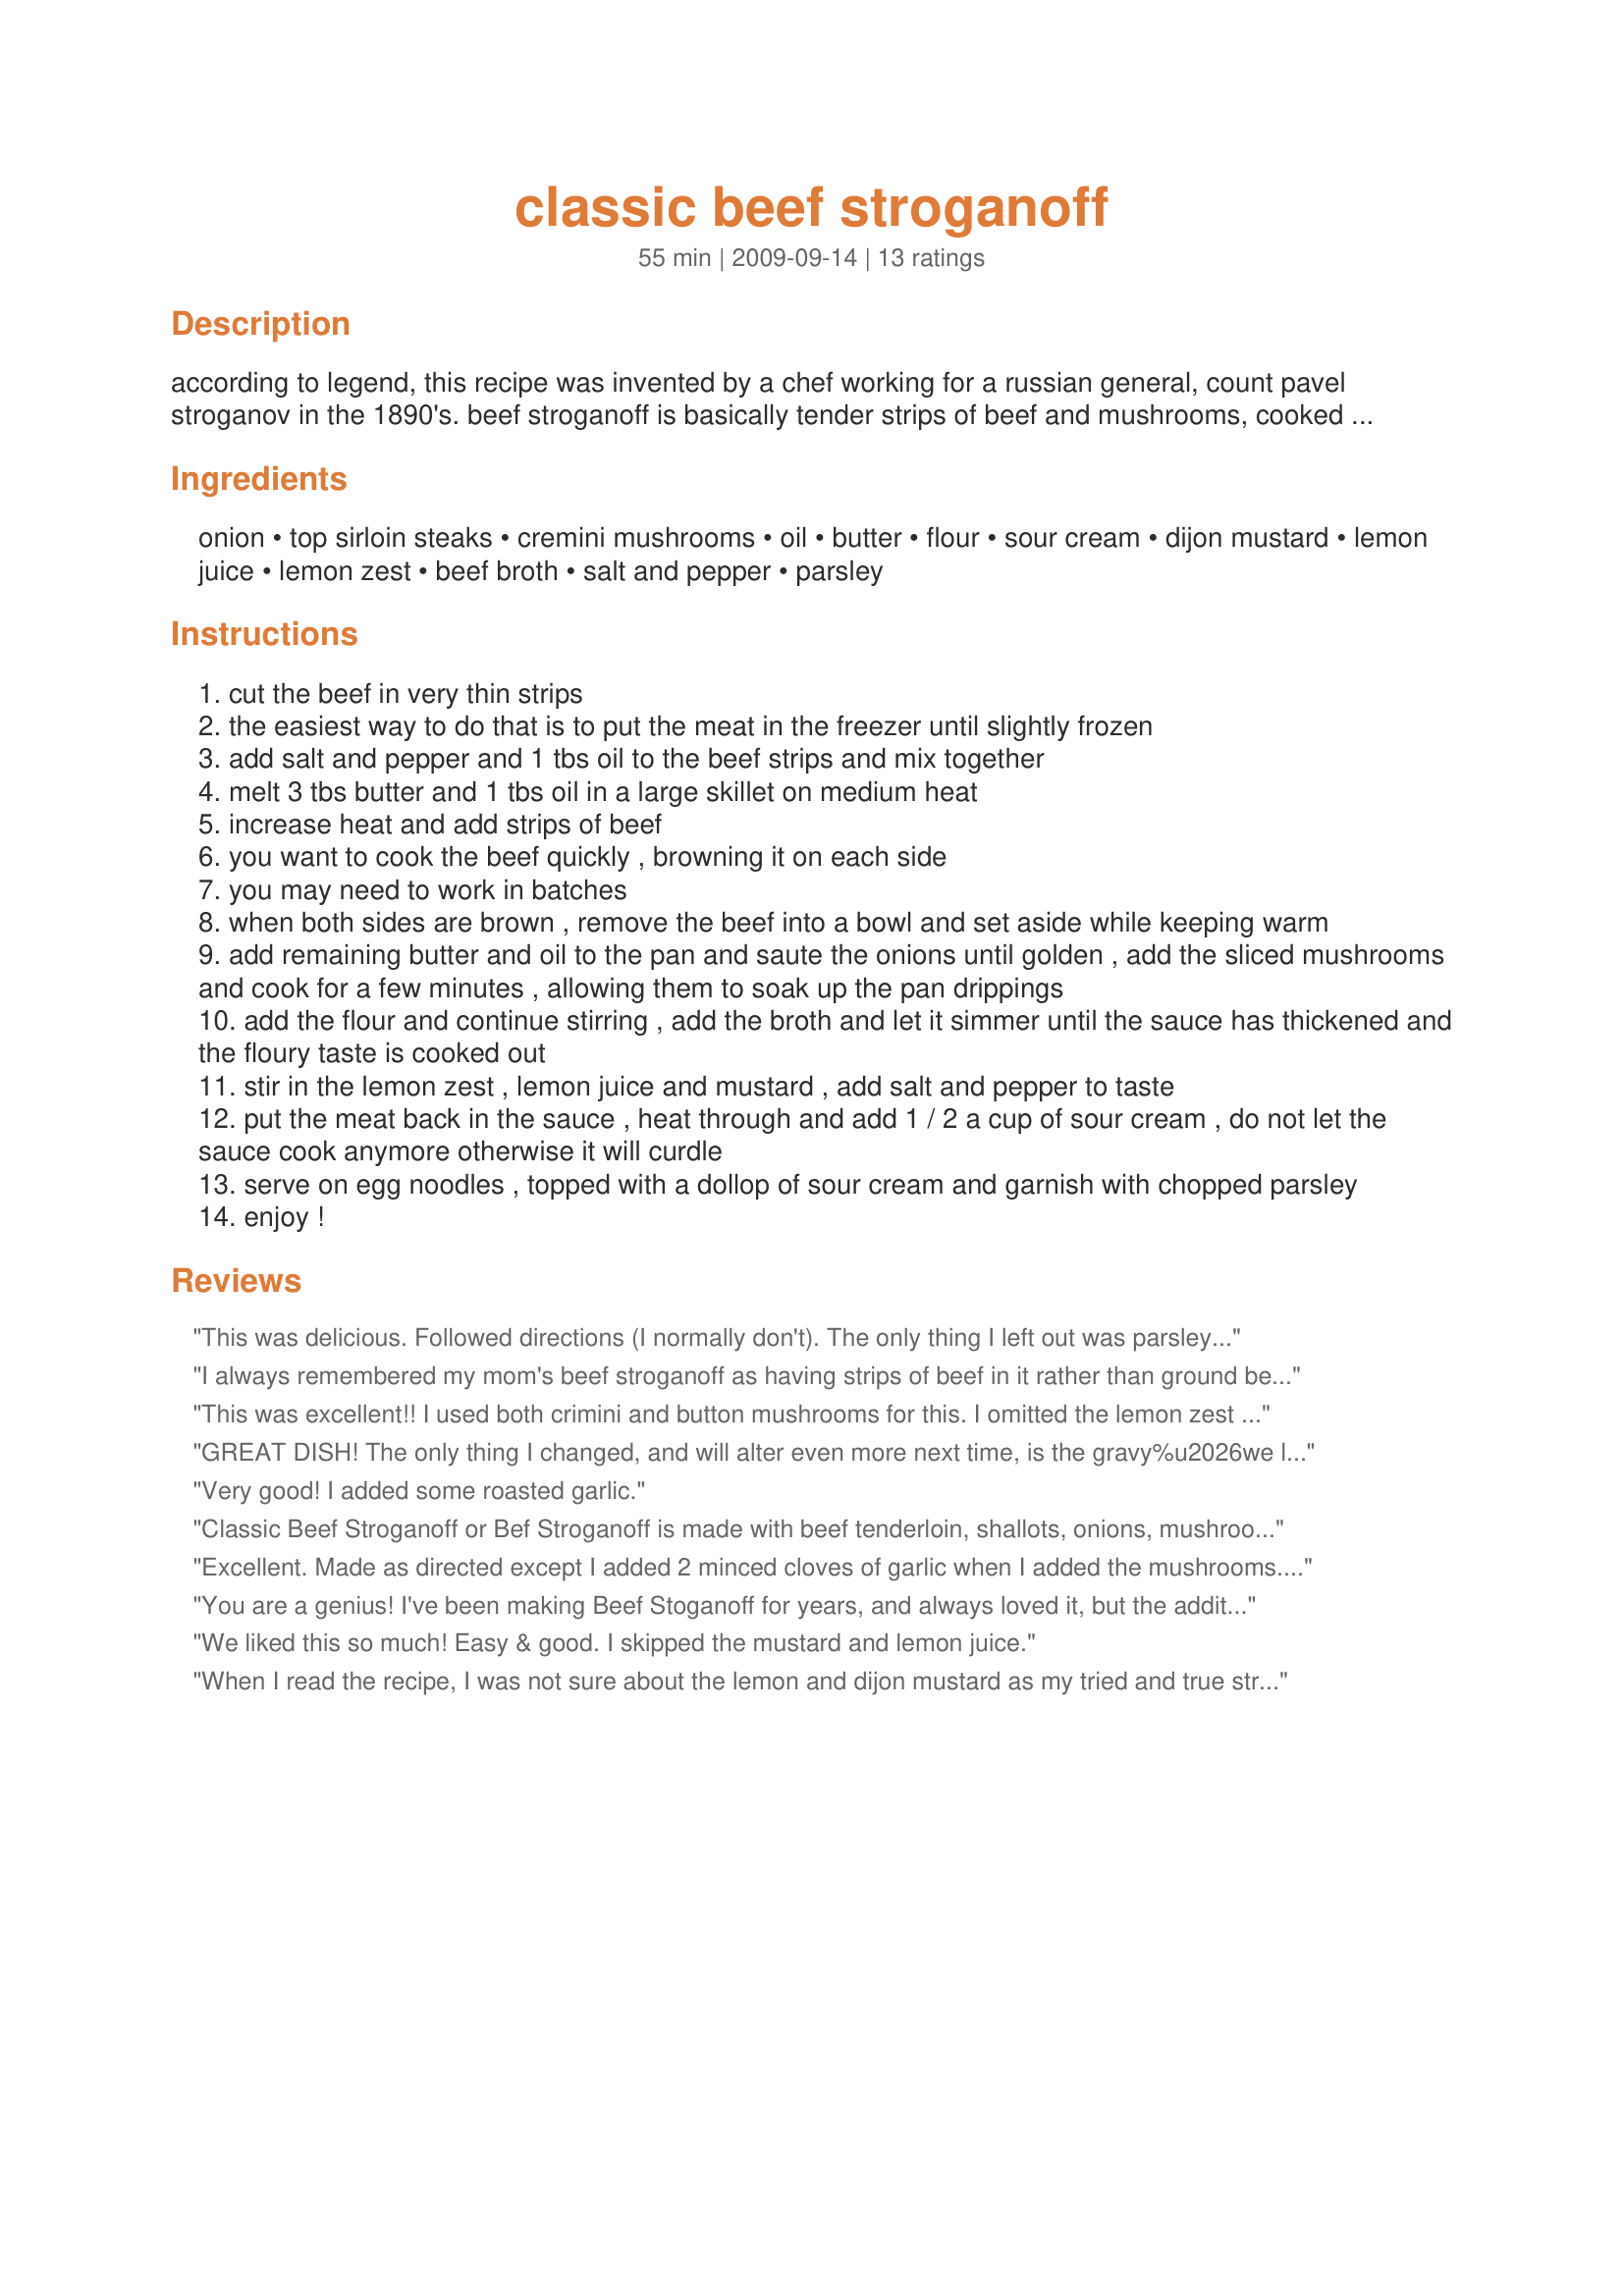
classic beef stroganoff
Preparation time: 55 minutes

according to legend, this recipe was invented by a chef working for a russian general, count pavel stroganov in the 1890's. beef stroganoff is basically tender strips of beef and mushrooms, cooked in a creamy sauce and rounded off with sour cream. you may want to make this with a tender cut of beef, such as tenderloin or top sirloin. traditionally served over egg noodles, it also tastes delicious on rice or spaetzle.

Ingredients:
onion, top sirloin steaks, cremini mushrooms, oil, butter, flour, sour cream, dijon mustard, lemon juice, lemon zest, beef broth, salt and pepper, parsley

Steps:
cut the beef in very thin strips
the easiest way to do that is to put the meat in the freezer until slightly frozen
add salt and pepper and 1 tbs oil to the beef strips and mix together
melt 3 tbs butter and 1 tbs oil in a large skillet on medium heat
increase heat and add strips of beef
you want to cook the beef quickly , browning it on each side
you may need to work in batches
when both sides are brown , remove the beef into a bowl and set aside while keeping warm
add remaining butter and oil to the pan and saute the onions until golden , add the sliced mushrooms and cook for a few minutes , allowing them to soak up the pan drippings
add the flour and continue stirring , add the broth and let it simmer until the sauce has thickened and the floury taste is cooked out
stir in the lemon zest , lemon juice and mustard , add salt and pepper to taste
put the meat back in the sauce , heat through and add 1 / 2 a cup of sour cream , do not let the sauce cook anymore otherwise it will curdle
serve on egg noodles , topped with a dollop of sour cream and garnish with chopped parsley
enjoy !

Reviews:
This was delicious. Followed directions (I normally don't). The only thing I left out was parsley. This recipe is a keeper.
I always remembered my mom's beef stroganoff as having strips of beef in it rather than ground beef, and searched and searched for a recipe like that. This is the one I found, and it turned out great. I used top round instead of tenderloin and regular button mushrooms but otherwise followed the recipe exactly. Even without the more expensive ingredients it was delicious. I like the brightness the lemon juice brings to the otherwise heavy and creamy sauce. Oh, and even the leftovers the next day were good. I was afraid the sour cream would curdle, but I didn't seem to have a problem with that (maybe because I used full fat sour cream).
This was excellent!! I used both crimini and button mushrooms for this. I omitted the lemon zest but followed the directions and served it over egg noodles. It made a great dinner and we truly enjoyed it. Thanks for sharing. Made for PAC Spring 2010.
GREAT DISH! The only thing I changed, and will alter even more next time, is the gravy%u2026we like a lot of gravy over our noodles. Next time I plan to add 2 T (heaping) flour, 1 c broth (or more) and 1/2 c merlot (or other dry red wine). I loved the lemon and Dijon%u2026totally reminded me of swedish meatballs??!!
Very good! I added some roasted garlic.
Classic Beef Stroganoff or Bef Stroganoff is made with beef tenderloin, shallots, onions, mushrooms, beef stock, flour, salt and pepper Dijon mustard, and sour cream. It was traditionally served with shoe string french fried potatoes and green peas. The addition of noodles or rice is later adaptations.
Excellent. Made as directed except I added 2 minced cloves of garlic when I added the mushrooms. Next time I will slightly lighten up on the lemon juice and/or lemon zest. Thanks for posting what must be a very authentic recipe.
You are a genius! I've been making Beef Stoganoff for years, and always loved it, but the addition of mustard and lemon juice is outstanding. Now why didn't I think of that!?!
We liked this so much! Easy & good. I skipped the mustard and lemon juice.
When I read the recipe, I was not sure about the lemon and dijon mustard as my tried and true stroganoff recipe doesn't have either of these. But I thought, might be a new gourmet twist. I made a point of tasting the recipe as I went along. The lemon was actually nice; I did go on the light side. As soon as I added the dijon I regretted it. The flavor was a bit off for my taste. My DH liked it.
This is a great, easy recipe. I did use a cheaper cut of meat (London broil) and sliced it very thin while it was half frozen. However it just wasn&#039;t a good enough cut to serve just-cooked with a bit of pink, as you would sirloin or tenderloin etc. So I followed the recipe up to the point of thickening the sauce and added a whole cup of beef broth-- let it slightly thicken, and then I stirred the beef strips back in and let it &#039;stew&#039; in the sauce for 20 minutes while the egg noodles cooked. When it came time to serve, I cut the heat to the beef and added the whole cup of sour cream-- perfect, and the beef was tender. I only put 1/2 tsp lemon juice as others recommended. Skipped the zest. Was really tasty!
This is very good. Great ingredients. Needs less lemon juice. Made for I recommend.
worked o.k.....always a choice of ingredients........got sirloin at a good price and used that after partially freezing it so I could julianne it. Prefer Breakstone's sour cream and like to soak wood's mushrooms from Hungary and then add the noodles to the panliquid, supplementing it with beef broth and mushroom liquor. Lemon and mustard flavors should be incrementalized, and thought given to how salty the dish is. Great leftovers btw.
